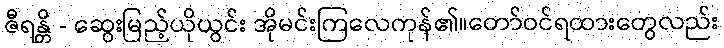
ဇီရန္တိ - ဆွေးမြည့်ယိုယွင်း အိုမင်းကြလေကုန်၏။တော်ဝင်ရထားတွေလည်း